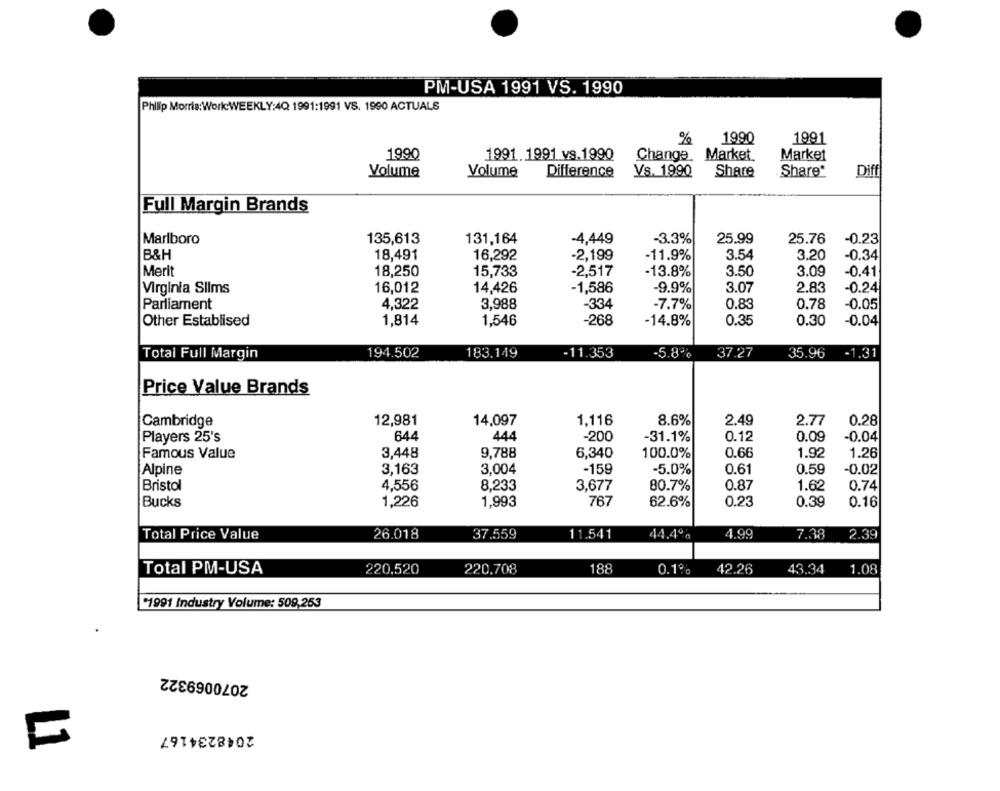
PM-USA 1991 VS. 1990
Philip Morris:Work:WEEKLY:4Q 1991:1991 VS. 1990 ACTUALS
%
1990
1991
1990
1991. 1991 vs.1990
Change. Market.
Market
Volume
Volume
Difference
Vs. 1990
Share
Share*
Diff
Full Margin Brands
Marlboro
135,613
131,164
-4,449
-3.3%
25.99
25.76
-0.23
B&H
18,491
16,292
-2,199
-11.9%
3.54
3.20
-0.34
Merit
18,250
15,733
-2,517
-13.8%
3.50
3.09
-0.41
Virginia Slims
16,012
14,426
-1,586
-9.9%
3.07
2.83
-0.24
Parliament
4,322
3,988
-334
-7.7%
0.83
0.78
-0.05
Other Establised
1,814
1,546
-268
-14.8%
0.35
0.30
-0.04
Total Full Margin
194.502
183,149
-11.353
-5.8%
37.27
35.96
-1.31
Price Value Brands
Cambridge
12,981
14,097
1,116
8.6%
2.49
2.77
0.28
Players 25's
644
444
-200
-31.1%
0.12
0.09
-0.04
Famous Value
3,448
9,788
6,340
100.0%
0.66
1.92
1.26
Alpine
3,163
3,004
-155
-5.0%
0.61
0.59
-0.02
Bristol
4,556
8,233
3,677
80.7%
0.87
1.62
0.74
Bucks
1,226
1,993
767
62.6%
0.23
0.39
0.16
Total Price Value
26.018
37.559
11.541
44.4%
4.99
7.38
2.39
Total PM-USA
220.520
220.708
188
0.1%
42.26
43.34
1.08
*1991 Industry Volume: 509,253
2070069322
2048234167